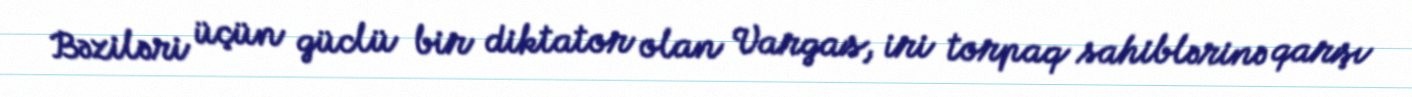
Bəziləri üçün güclü bir diktator olan Vargas, iri torpaq sahiblərinə qarşı